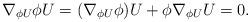
LaTeX: \begin{align*}\nabla_{\phi U}\phi U=(\nabla_{\phi U}\phi)U+\phi\nabla_{\phi U}U=0.\end{align*}